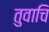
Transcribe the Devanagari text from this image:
तुवाचि